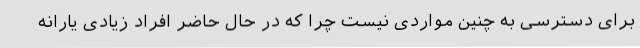
برای دسترسی به چنین مواردی نیست چرا که در حال حاضر افراد زیادی یارانه